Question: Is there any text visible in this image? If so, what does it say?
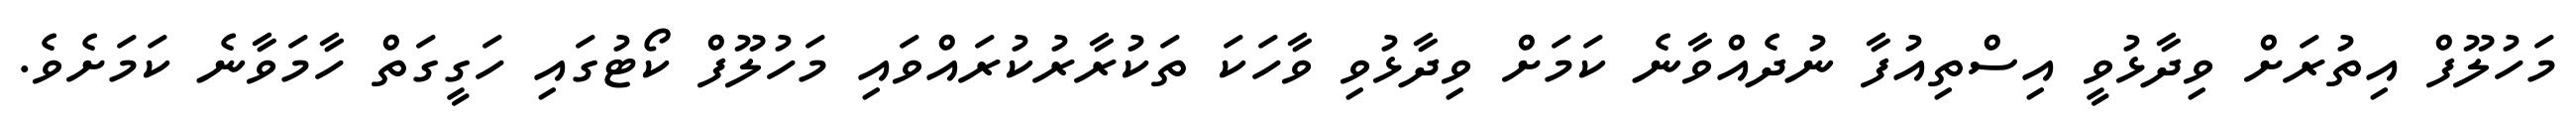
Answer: މަހުލޫފް އިތުރަށް ވިދާޅުވީ އިސްތިއުފާ ނުދެއްވާނެ ކަމަށް ވިދާޅުވި ވާހަކަ ތަކުރާރުކުރައްވައި މަހުލޫފް ކޯޓުގައި ހަގީގަތް ހާމަވާނެ ކަމަށެވެ.